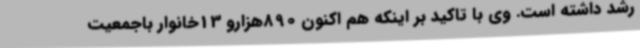
رشد داشته است. وی با تاکید بر اینکه هم اکنون 890هزارو 13خانوار باجمعیت